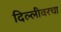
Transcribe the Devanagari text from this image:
दिल्लीवरचा